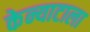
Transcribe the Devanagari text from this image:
केन्याटाला